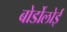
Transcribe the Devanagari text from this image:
बोर्डोलोई